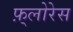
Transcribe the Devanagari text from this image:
फ़्लोरेस